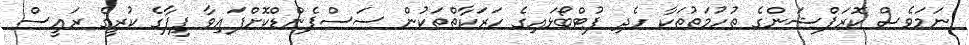
ނަމަވެސް ކޮރަޕްޝަންގެ ތުހުމަތުތަކާ ހެދި ފުޓްބޯޅައިގެ ހަރަކާތްތަކުން ސަސްޕެންޑްކޮށްފައިވާ ފީފާގެ ކުރީގެ ރައީސް